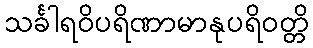
သင်္ခါရဝိပရိဏာမာနုပရိဝတ္တိ